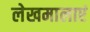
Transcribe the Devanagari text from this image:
लेखमालाएं